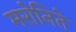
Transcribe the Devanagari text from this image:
मरोनिते